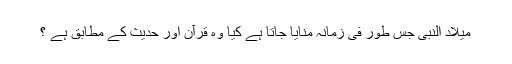
میلاد النبی جس طور فی زمانہ منایا جاتا ہے کیا وہ قرآن اور حدیث کے مطابق ہے ؟